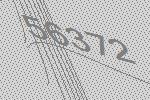
56372